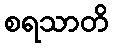
စရသာတိ